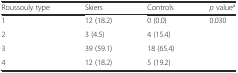
<table><thead><tr><td><b>Roussouly type</b></td><td><b>Skiers</b></td><td><b>Controls</b></td><td><b><i>p</i> value<sup>a</sup></b></td></tr></thead><tbody><tr><td>1</td><td>12 (18.2)</td><td>0 (0.0)</td><td>0.030</td></tr><tr><td>2</td><td>3 (4.5)</td><td>4 (15.4)</td><td>[EMPTY_CELL]</td></tr><tr><td>3</td><td>39 (59.1)</td><td>18 (65.4)</td><td>[EMPTY_CELL]</td></tr><tr><td>4</td><td>12 (18.2)</td><td>5 (19.2)</td><td>[EMPTY_CELL]</td></tr></tbody></table>